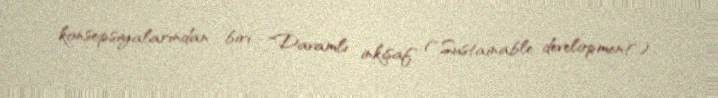
konsepsiyalarından biri "Davamlı inkişaf" ("Sustainable development")